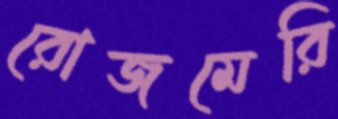
রোজমেরি